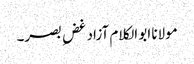
مولانا ابو الکلام آزاد غضِ بصر۔